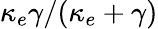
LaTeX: \kappa_{e}\gamma/(\kappa_{e}+\gamma)